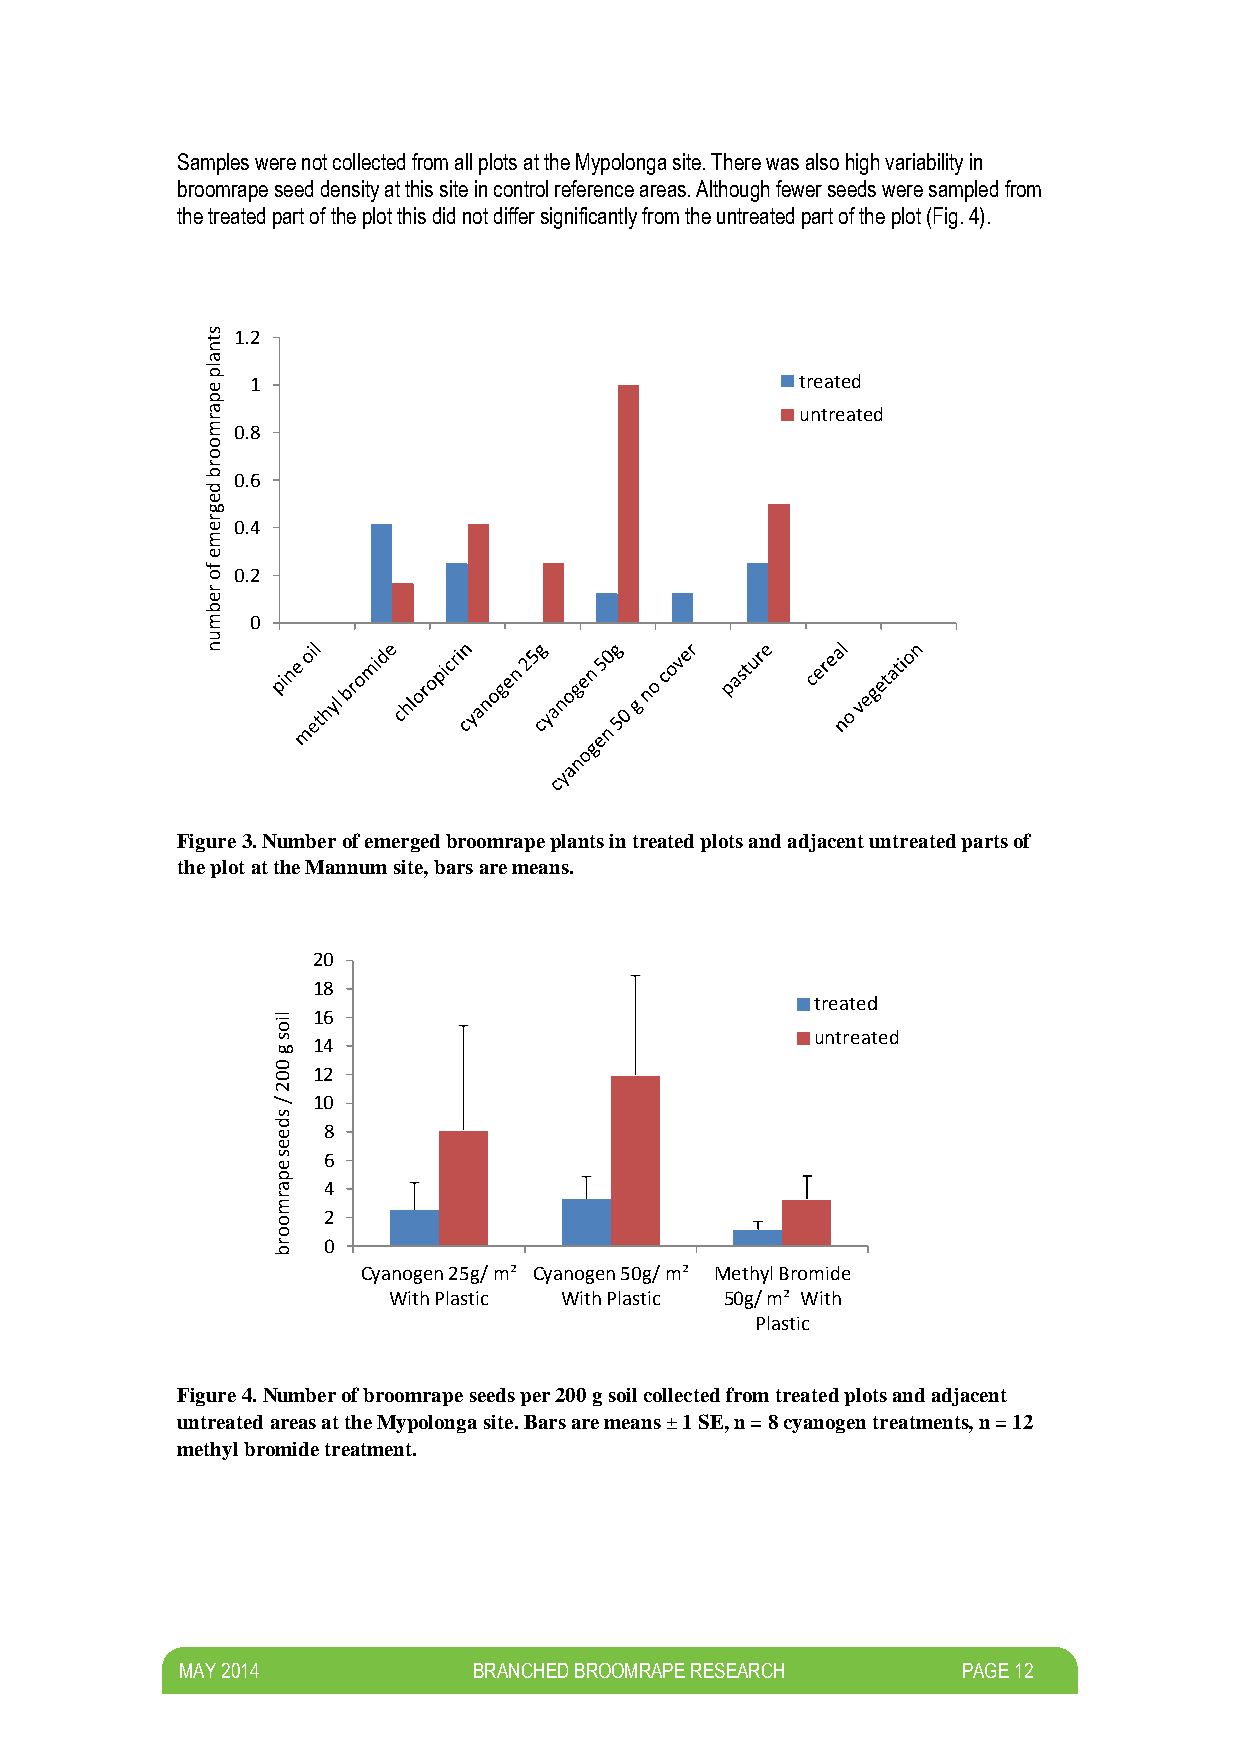
Samples were not collected from all plots at the Mypolonga site. There was also high variability in
 broomrape seed density at this site in control reference areas. Although fewer seeds were sampled from
 the treated part of the plot this did not differ significantly from the untreated part of the plot (Fig. 4).
 s t 1.2
 n
 a
 lp
 e  1                                   treated
 p
 a                                      untreated
 r
 m 0.8
 o
 o
 r
 b
 d
 0.6
 e
 g
 r e 0.4
 m
 e
 f o 0.2
 r
 e
 b
 m  0
 u
 n
 Figure 3. Number of emerged broomrape plants in treated plots and adjacent untreated parts of
 the plot at the Mannum site, bars are means.
 20
 18
 treated
 lio 16
 s
 g
 0
 0
 11 24                            untreated
 2
 /
 s
 10
 d e 8
 e
 s
 e
 6
 p
 a  4
 r
 m
 2
 o
 o
 r
 b
 0
 Cyanogen 25g/ m² Cyanogen 50g/ m² Methyl Bromide
 With Plastic With Plastic 50g/ m² With
 Plastic
 Figure 4. Number of broomrape seeds per 200 g soil collected from treated plots and adjacent
 untreated areas at the Mypolonga site. Bars are means ± 1 SE, n = 8 cyanogen treatments, n = 12
 methyl bromide treatment.
 M AY 2014          BRANCHED BROOMRAPE RESEARCH      PAGE 12